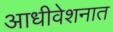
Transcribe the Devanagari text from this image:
आधीवेशनात